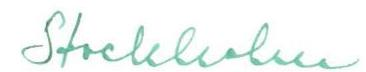
Stockholm